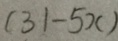
( 3 1 - 5 x )